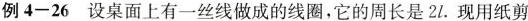
例4-26 设桌面上有一丝线做成的线圈，它的周长是2l.现用纸剪